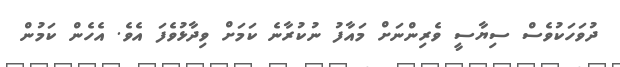
ދުވަހަކުވެސް ސިޔާސީ ވެރިންނަށް މައާފު ނުކުރާނެ ކަމަށް ވިދާޅުވެފަ އެވެ. އެހެން ކަމުން